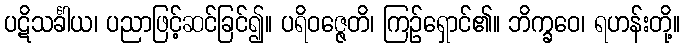
ပဋိသင်္ခါယ၊ ပညာဖြင့်ဆင်ခြင်၍။ ပရိဝဇ္ဇေတိ၊ ကြဉ်ရှောင်၏။ ဘိက္ခဝေ၊ ရဟန်းတို့။